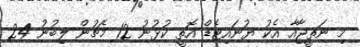
މި ނަތީޖާއާ އެކު ޔުނައިޓެޑް އޮތީ ކުޅުނު 12 މެޗުން ލިބުނު 24